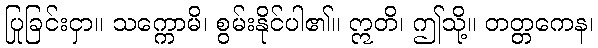
ပြုခြင်းငှာ။ သက္ကောမိ၊ စွမ်းနိုင်ပါ၏။ ဣတိ၊ ဤသို့။ တတ္တကေန၊